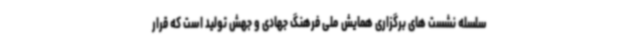
سلسله نشست های برگزاری همایش ملی فرهنگ جهادی و جهش تولید است که قرار